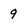
Character: 9